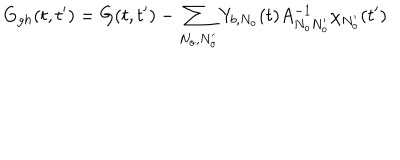
G _ { g h } ( t , t ^ { \prime } ) = G ( t , t ^ { \prime } ) - \sum _ { N _ { o } , N _ { o } ^ { \prime } } Y _ { b , N _ { o } } ( t ) A _ { N _ { o } N _ { o } ^ { \prime } } ^ { - 1 } \chi _ { N _ { o } ^ { \prime } } ( t ^ { \prime } )